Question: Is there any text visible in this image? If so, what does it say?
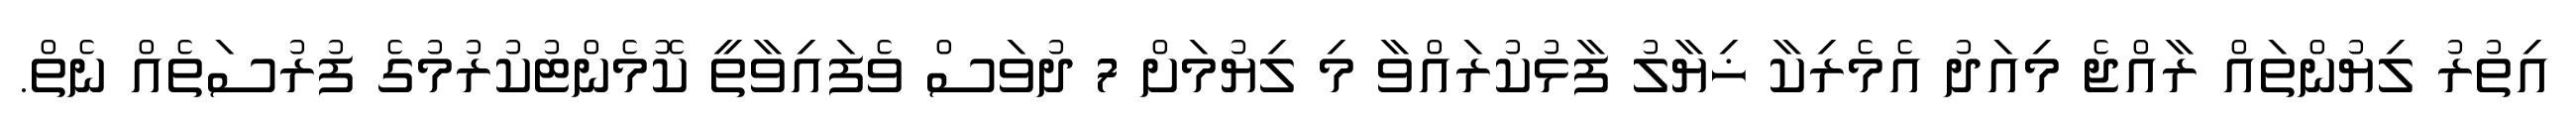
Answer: އިތުރު ލިޔުންތައް ރާއްޖެ މިއަދު އެމެރިކާ ޚިޔާލު ފާޅުކުރައްވާ މި ލިޔުމަށް 7 ދުވަސް ވެފައިވާތީ ކޮމެންޓުކުރުމުގެ ފުރުސަތެއް ނެތް.